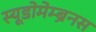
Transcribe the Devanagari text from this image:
स्यूडोमेम्ब्रेनस